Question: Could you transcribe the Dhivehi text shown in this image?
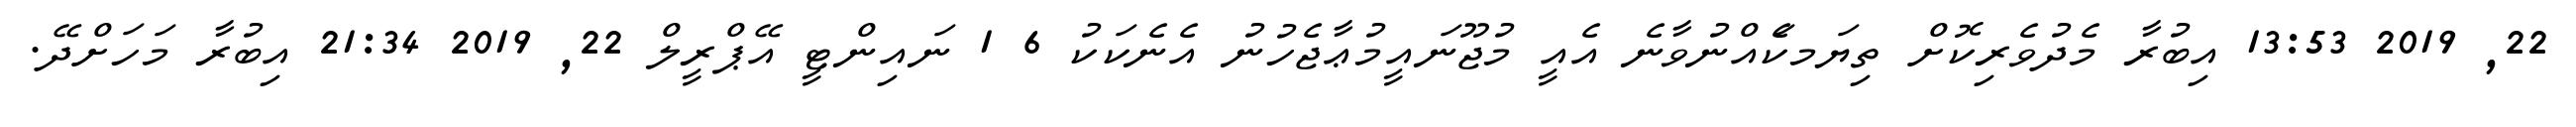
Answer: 22, 2019 13:53 އިބުރާ މެދުވެރިކޮށް ތިޔަމކަެއްނުވާނެ އެއީ މުޖޫނައީމުޢާޖެހުނު އެނެކަކު 6 1 ނައިންޓީ އޭޕްރީލް 22, 2019 21:34 އިބުރާ މަހަށްދޭ.